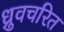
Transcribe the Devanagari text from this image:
ध्रुवचरित